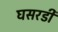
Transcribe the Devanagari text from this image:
घसरडी